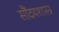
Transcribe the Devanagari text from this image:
सौंदयशास्त्र